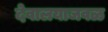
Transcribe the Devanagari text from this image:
देवालयाजवळ